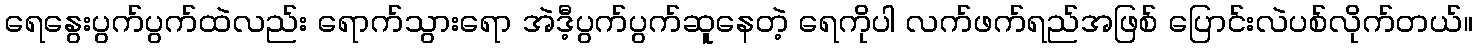
ရေနွေးပွက်ပွက်ထဲလည်း ရောက်သွားရော အဲဒီ့ပွက်ပွက်ဆူနေတဲ့ ရေကိုပါ လက်ဖက်ရည်အဖြစ် ပြောင်းလဲပစ်လိုက်တယ်။